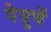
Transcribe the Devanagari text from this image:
पेयुचें